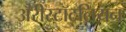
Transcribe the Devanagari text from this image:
ॲरीस्टॉटलियन